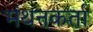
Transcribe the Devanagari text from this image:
मंथनकर्ता